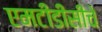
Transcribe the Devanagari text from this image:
एमटीडीसीचे